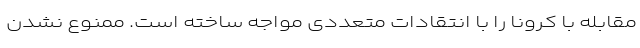
مقابله با کرونا را با انتقادات متعددی مواجه ساخته است. ممنوع نشدن